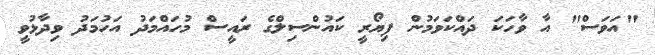
"އަވަސް" އާ ވާހަކަ ދައްކަވަމުން ފިޔޯރީ ކައުންސިލްގެ ރައީސް މުހައްމަދު އަހުމަދު ވިދާޅުވީ